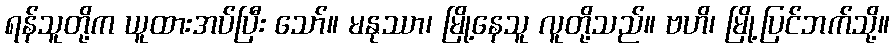
ရန်သူတို့က ယူထားအပ်ပြီး သော်။ မနုဿာ၊ မြို့နေသူ လူတို့သည်။ ဗဟိ၊ မြို့ပြင်ဘက်သို့။